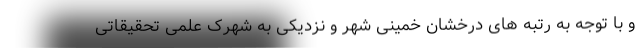
و با توجه به رتبه های درخشان خمینی شهر و نزدیکی به شهرک علمی تحقیقاتی